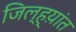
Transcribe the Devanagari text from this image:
जिल्ह्य़ांत